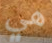
هي